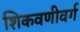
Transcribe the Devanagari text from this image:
शिकवणीवर्ग